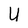
Character: U